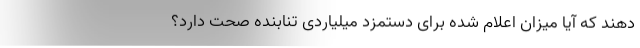
دهند که آیا میزان اعلام شده برای دستمزد میلیاردی تنابنده صحت دارد؟